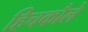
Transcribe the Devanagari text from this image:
हिचकौले